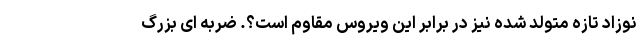
نوزاد تازه متولد شده نیز در برابر این ویروس مقاوم است؟. ضربه ‌ای بزرگ